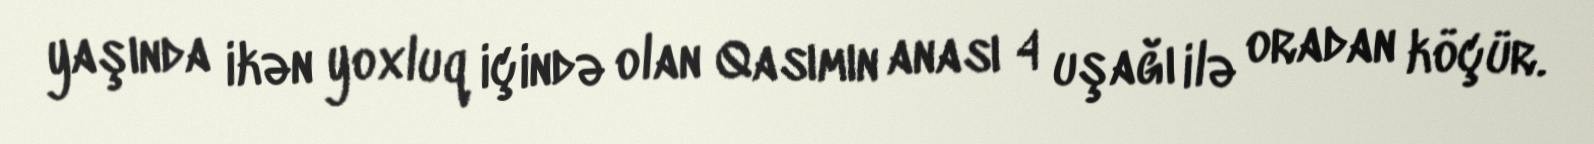
yaşında ikən yoxluq içində olan Qasımın anası 4 uşağı ilə oradan köçür.